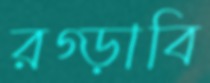
রগ্‌ড়াবি